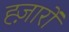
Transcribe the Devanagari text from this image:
ह्ज़ारों